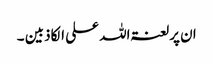
ان پرلعنتہ اللہ علی الکاذبین ۔